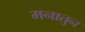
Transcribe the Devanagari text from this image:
मनातुन